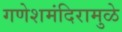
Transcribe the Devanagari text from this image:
गणेशमंदिरामुळे